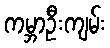
ကမ္ဘာဦးကျမ်း